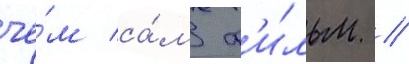
че́м са́м ф'и́льм //